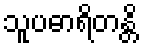
သူပဓာရိတန္တိ